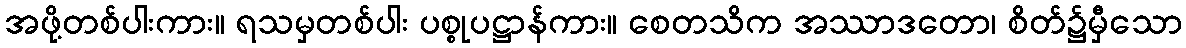
အဖို့တစ်ပါးကား။ ရသမှတစ်ပါး ပစ္စုပဋ္ဌာန်ကား။ စေတသိက အဿာဒတော၊ စိတ်၌မှီသော